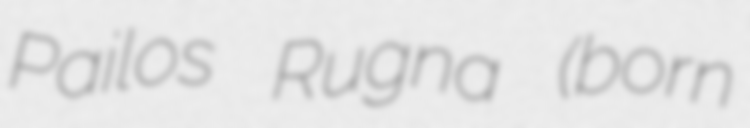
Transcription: Pailos Rugna (born